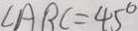
\angle A B C = 4 5 ^ { \circ }